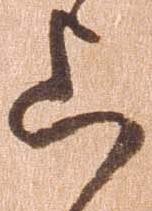
上